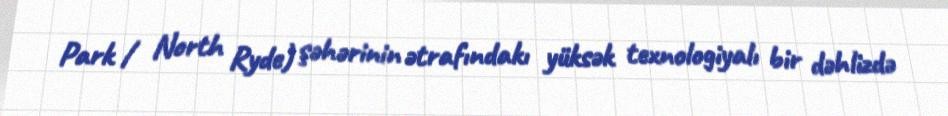
Park / North Ryde) şəhərinin ətrafındakı yüksək texnologiyalı bir dəhlizdə